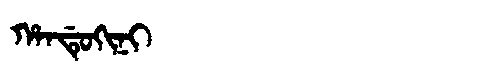
Manchu: ᡥᠠᠨᡩᡠᡴᡳᠨᡳ
Romanization: HANDUKINI